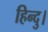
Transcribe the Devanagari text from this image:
हिन्दु।